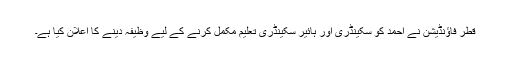
قطر فاؤنڈیشن نے احمد کو سکینڈری اور ہائیر سکینڈری تعلیم مکمل کرنے کے لیے وظیفہ دینے کا اعلان کیا ہے۔